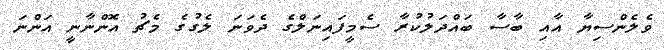
ވެލެންސިޔާ އާއި ބާސާ ބައްދަލުކުރާ ސެމީފައިނަލްގެ ދެވަނަ ލެގުގެ މެޗު އޮންނާނީ އަންނަ